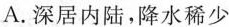
A.深居内陆，降水稀少